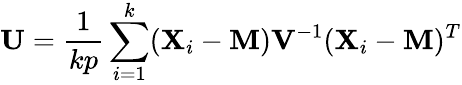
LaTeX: \mathbf{U}={\frac{1}{kp}}\sum_{i=1}^{k}(\mathbf{X}_{i}-\mathbf{M})\mathbf{V}^{-1}(\mathbf{X}_{i}-\mathbf{M})^{T}